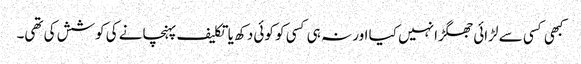
کبھی کسی سے لڑائی جھگڑا نہیں کیا اور نہ ہی کسی کو کوئی دکھ یا تکلیف پہنچانے کی کوشش کی تھی۔